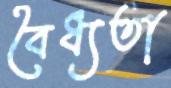
বৈধ্যতা